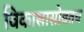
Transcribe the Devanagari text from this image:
विकासासोबतच